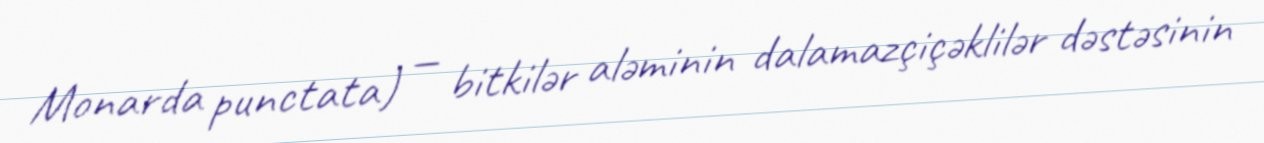
Monarda punctata) — bitkilər aləminin dalamazçiçəklilər dəstəsinin